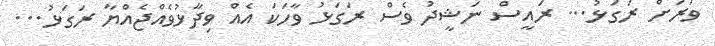
ވަރަށް ރަގަޅު... ރައީސް ނަޝީދު ވެސް ރަގަޅު ވާހަކަ އެއް ވިދާޅުވެއްޖެއްޔާ ރަގަޅު...